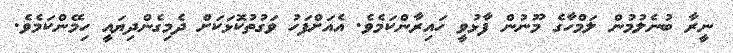
ނީރާ ބުނެލުމުން ލަމްހާގެ މޫނުން ފާޅުވީ ހައިރާންކަމެވެ. އެއަށްފަހު ވަގުތުކޮޅަކަށް ދެމިގެންދިޔައީ ހިމޭންކަމެވެ.